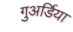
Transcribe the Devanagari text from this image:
गुअर्डिया